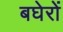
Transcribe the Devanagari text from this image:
बघेरों